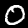
Label: 0